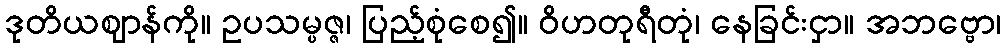
ဒုတိယဈာန်ကို။ ဥပသမ္ပဇ္ဇ၊ ပြည့်စုံစေ၍။ ဝိဟတုရီတုံ၊ နေခြင်းငှာ။ အဘဗ္ဗော၊